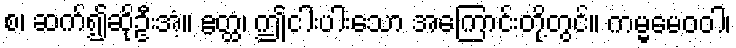
စ၊ ဆက်၍ဆိုဦးအံ့။ ဧတ္ထ၊ ဤငါးပါးသော အကြောင်းတို့တွင်။ ကမ္မမေဝဝါ၊